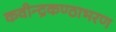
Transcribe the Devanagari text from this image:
कवीन्द्रकण्ठाभरण